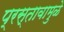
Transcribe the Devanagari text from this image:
प्रस्तावामुळे